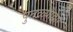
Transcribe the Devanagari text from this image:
पुतळ्याद्वारे